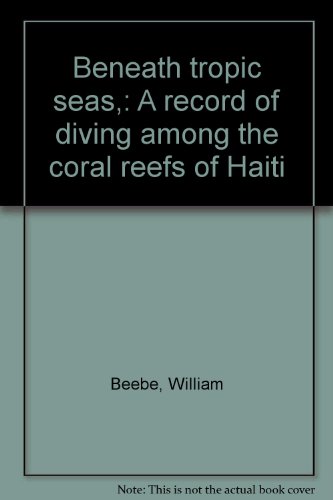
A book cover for Beneath tropic seas,: A record of diving among the coral reefs of Haiti; William Beebe; Travel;